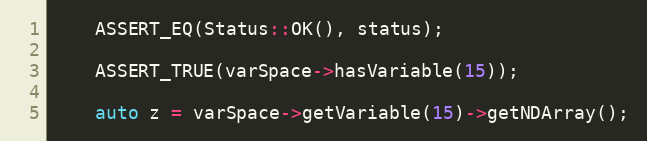
Language: C++
    ASSERT_EQ(Status::OK(), status);

    ASSERT_TRUE(varSpace->hasVariable(15));

    auto z = varSpace->getVariable(15)->getNDArray();